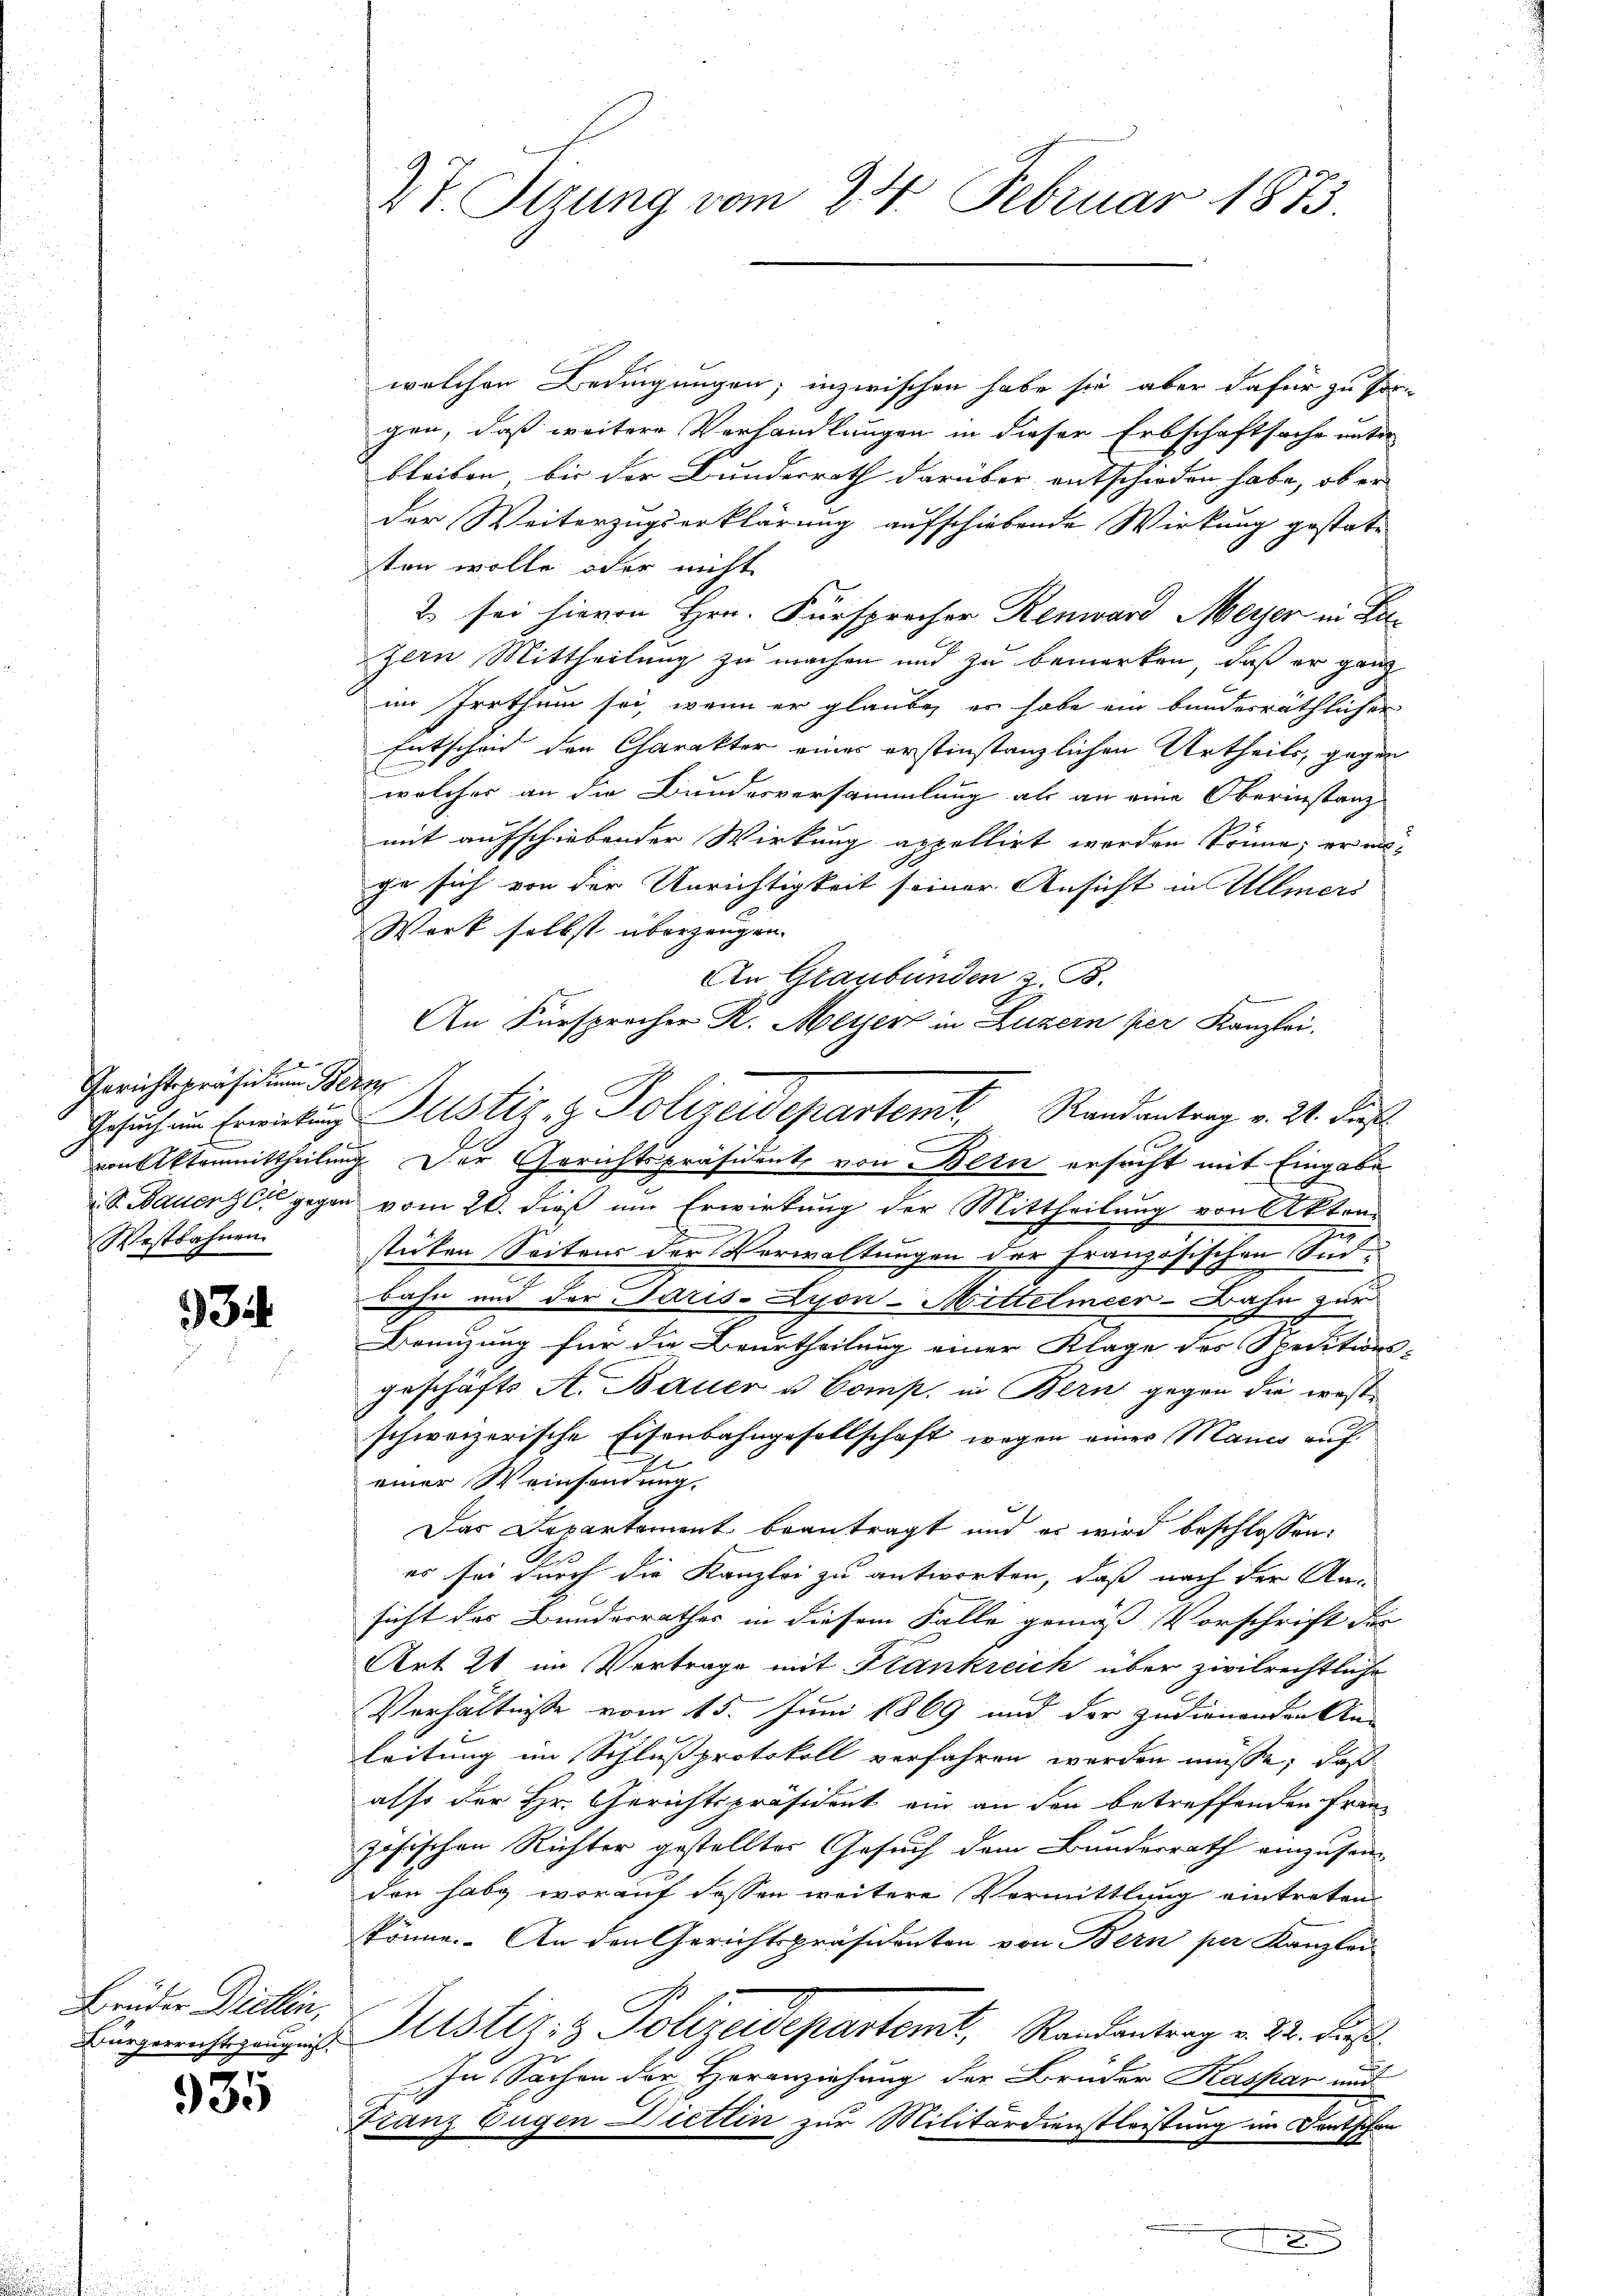
Gerichtspräsidium Bern
Westbahnen.

i

Brüder Dietlin,
Bürgerrechtsgangnis
u

35

27. Sirung vom 24. Februar 1873.

welchen Bedingungen; inzwischen habe sie aber dafür zu for-
gen, daß weitere Verhandlungen in dieser Erbschaftsache unter
bleiben, bis der Bundesrath darüber entschieden habe, ob er
der Weiterzugserklärung aufschiebende Wirkung gestate
ten wolle oder nicht
2 sei hievon Hrn. Fürsprecher Renward Meyer in Zuzern Mittheilung zu machen und zu bemerken, daß er ganz
im Irrthum sei, wenn er glaube, er habe ein bundesräthlicher
Entscheid den Charakter einer erstinstanzlichen Urtheils, gegen
welcher an die Bundesversammlung als an eine Oberinstanz
mit aufschiebender Wirkung appellirt worden könne; er mige sich von der Unrichtigkeit seiner Ansicht in Ullmers
Werk selbst überzeugen.
An Graubünden z. B.
An Fürsprocher K. Meyer in Luzern per Kanzlei.
von Aktenmittheilung der Gerichtspräsident von Bern ersucht mit Eingabe
i. S. Bauenz er gegen vom 20. dieß um Erwirkung der Mittheilung von Akten¬
2
stecken Seitens der Verwaltungen der Französischen Sinbahn und der Paris-Ayon-Mittelmeer-Bahn zur
Benuzung für die Beurtheilung einer Klage des Speditions- |
geschäfts A. Bauer u Bons, in Bern gegen die westschweizerische Eisenbahngesellschaft wegen einer Mancs auf
h
einer Weinsendung.
Das Departement beantragt und es wird beschlossen:
es sei durch die Kanzlei zu antworten, daß nach der Ka-
sicht des Bundesrathes in diesem Falle gemäß Vorschrift der
Art 21 im Vertrage mit Krankreich über zivilrechtliche
Verhältnisse vom 15. Juni 1869 und der zudienenden An-
leitung im Schlußprotokoll verfahren werden müsse, daß
also der Hr. Gerichtspräsident ein an den betreffenden Fran
zösischen Richter gestellter Gesuch dem Bundesrath einzusen
den habe, worauf dessen weitere Vermittlung eintreten
könne. An den Gerichtspräsidenten von Bern per Kanzlei
Justiz- & Polizeidepartemt, Randantrag v. 24. Ju
In Sachen der Heranziehung der Brüder Kaspar und
Franz Eugen Dietlin zur Militärdienstleistung im Fortschon
x

Gesuchen Erwirkung Justiz- & Polizeidepartemt Randantrag v. 24. Fuß